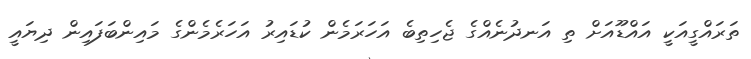
ތަރައްގީއަކީ އައްޑޫއަށް ތި އަނދުނެއްގެ ޖެހިތިބެ އަހަރަމެން ކުޑައިރު އަހަރެމެންގެ މައިންބަފައިން ދިޔައީ